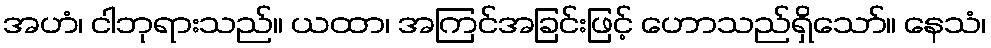
အဟံ၊ ငါဘုရားသည်။ ယထာ၊ အကြင်အခြင်းဖြင့် ဟောသည်ရှိသော်။ နေသံ၊